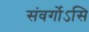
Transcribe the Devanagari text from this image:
संवर्गोऽसि